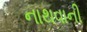
નાથવાની